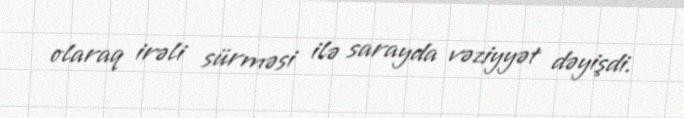
olaraq irəli sürməsi ilə sarayda vəziyyət dəyişdi.